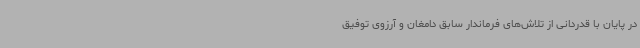
در پایان با قدردانی از تلاش‌های فرماندار سابق دامغان و آرزوی توفیق